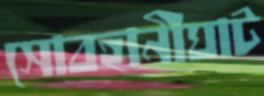
সোবহানীঘাট